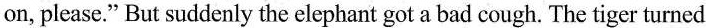
on, please." But suddenly the elephant got a bad cough. The tiger turned